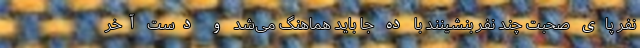
نفر پای صحبت چند نفر بنشینند با ده جا باید هماهنگ می‌شد و دست آخر